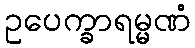
ဥပေက္ခာရမ္မဏံ